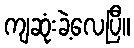
ကျဆုံးခဲ့လေပြီ။